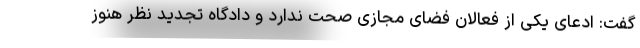
گفت: ادعای یکی از فعالان فضای مجازی صحت ندارد و دادگاه تجدید نظر هنوز